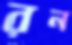
রন